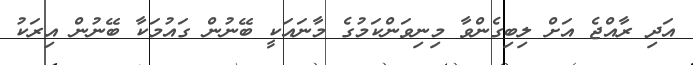
އަދި ރާއްޖެ އަށް ލިބިގެންވާ މިނިވަންކަމުގެ މާނައަކީ ބޭނުން ގައުމަކާ ބޭނުން އިރަކު